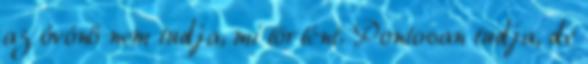
az óvónő nem tudja, mi történt. Pontosan tudja, de